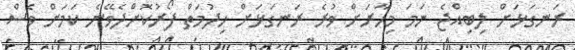
ރަނގަޅަށް ލިބިއްޖެ ނަމަ މިހާރަށް ވުރެ ރަނގަޅަށް ހިދުމަތް ފޯރުކޮށްދެވޭނެ ކަމަށް ވެސް